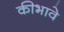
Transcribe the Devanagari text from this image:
कीभावे